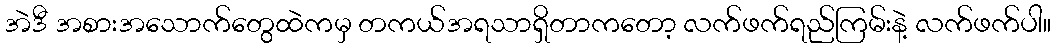
အဲဒီ အစားအသောက်တွေထဲကမှ တကယ်အရသာရှိတာကတော့ လက်ဖက်ရည်ကြမ်းနဲ့ လက်ဖက်ပါ။